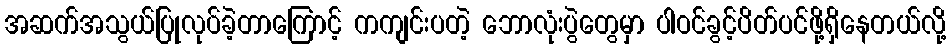
အဆက်အသွယ်ပြုလုပ်ခဲ့တာကြောင့် ကကျင်းပတဲ့ ဘောလုံးပွဲတွေမှာ ပါဝင်ခွင့်ပိတ်ပင်ဖို့ရှိနေတယ်လို့